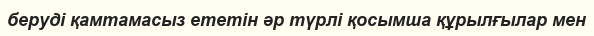
беруді қамтамасыз ететін әр түрлі қосымша құрылғылар мен